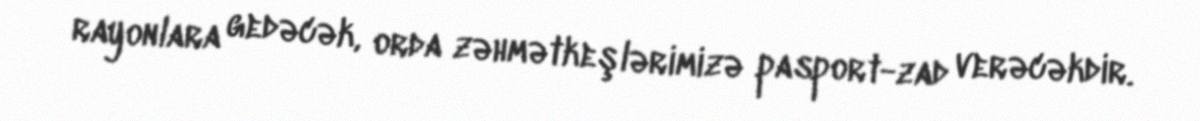
rayonlara gedəcək, orda zəhmətkeşlərimizə pasport-zad verəcəkdir.